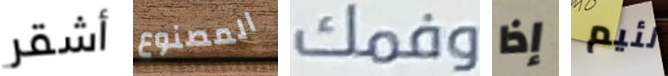
أشقر المصنوع وفمك إذا لئيم